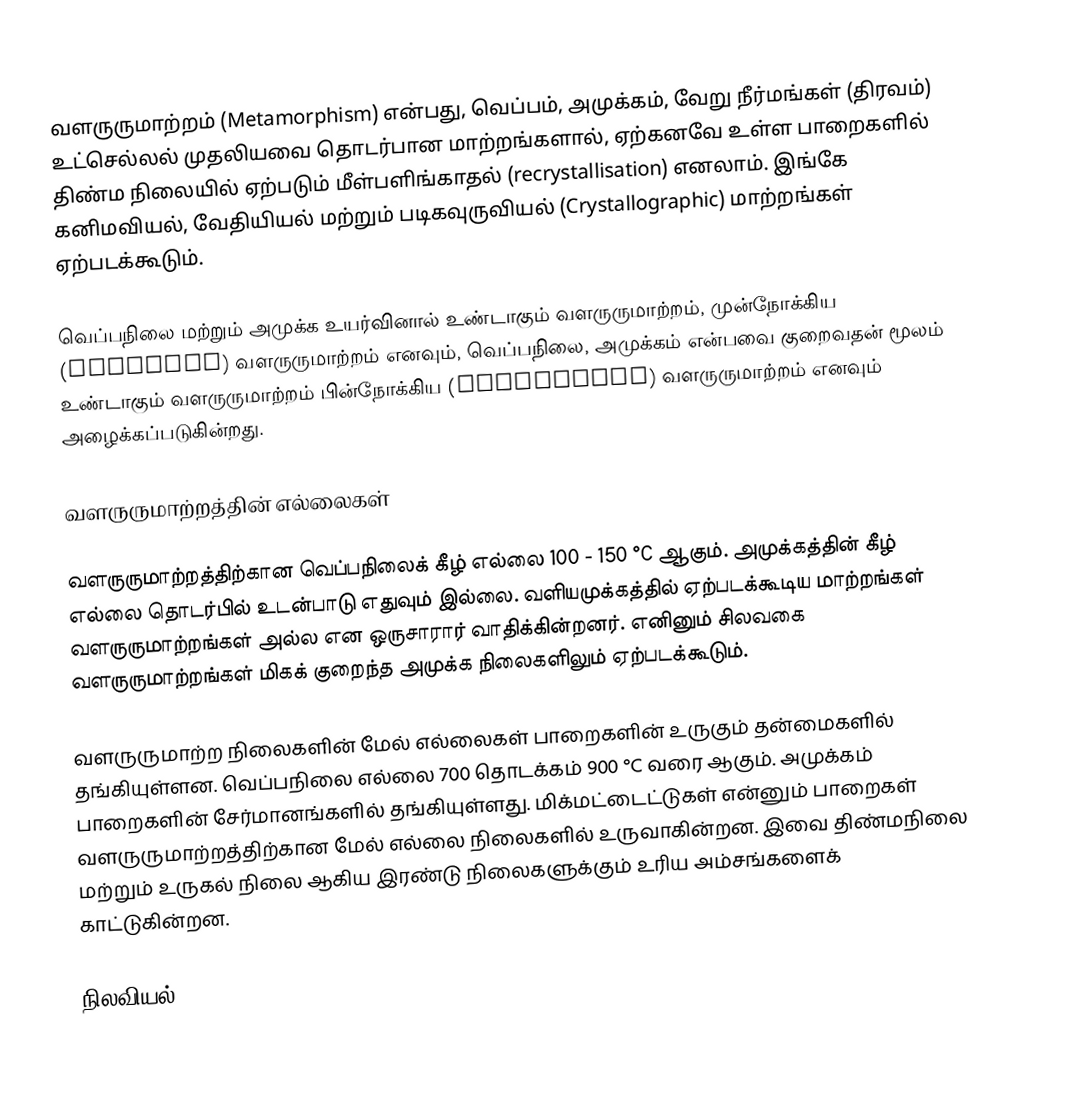
வளருருமாற்றம் (Metamorphism) என்பது, வெப்பம், அமுக்கம், வேறு நீர்மங்கள் (திரவம்) உட்செல்லல் முதலியவை தொடர்பான மாற்றங்களால், ஏற்கனவே உள்ள பாறைகளில் திண்ம நிலையில் ஏற்படும் மீள்பளிங்காதல் (recrystallisation) எனலாம். இங்கே கனிமவியல், வேதியியல் மற்றும் படிகவுருவியல் (Crystallographic) மாற்றங்கள் ஏற்படக்கூடும்.

வெப்பநிலை மற்றும் அமுக்க உயர்வினால் உண்டாகும் வளருருமாற்றம், முன்நோக்கிய (prograde) வளருருமாற்றம் எனவும், வெப்பநிலை, அமுக்கம் என்பவை குறைவதன் மூலம் உண்டாகும் வளருருமாற்றம் பின்நோக்கிய (retrograde) வளருருமாற்றம் எனவும் அழைக்கப்படுகின்றது.

வளருருமாற்றத்தின் எல்லைகள்

வளருருமாற்றத்திற்கான வெப்பநிலைக் கீழ் எல்லை 100 - 150 °C ஆகும். அமுக்கத்தின் கீழ் எல்லை தொடர்பில் உடன்பாடு எதுவும் இல்லை. வளியமுக்கத்தில் ஏற்படக்கூடிய மாற்றங்கள் வளருருமாற்றங்கள் அல்ல என ஒருசாரார் வாதிக்கின்றனர். எனினும் சிலவகை வளருருமாற்றங்கள் மிகக் குறைந்த அமுக்க நிலைகளிலும் ஏற்படக்கூடும்.

வளருருமாற்ற நிலைகளின் மேல் எல்லைகள் பாறைகளின் உருகும் தன்மைகளில் தங்கியுள்ளன. வெப்பநிலை எல்லை 700 தொடக்கம் 900 °C வரை ஆகும். அமுக்கம் பாறைகளின் சேர்மானங்களில் தங்கியுள்ளது. மிக்மட்டைட்டுகள் என்னும் பாறைகள் வளருருமாற்றத்திற்கான மேல் எல்லை நிலைகளில் உருவாகின்றன. இவை திண்மநிலை மற்றும் உருகல் நிலை ஆகிய இரண்டு நிலைகளுக்கும் உரிய அம்சங்களைக் காட்டுகின்றன.

நிலவியல்